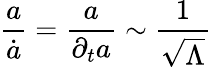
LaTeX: {\frac{a}{\dot{a}}}={\frac{a}{\partial_{t}a}}\sim{\frac{1}{\sqrt{\Lambda}}}